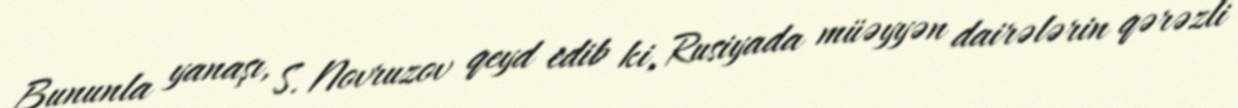
Bununla yanaşı, S. Novruzov qeyd edib ki, Rusiyada müəyyən dairələrin qərəzli